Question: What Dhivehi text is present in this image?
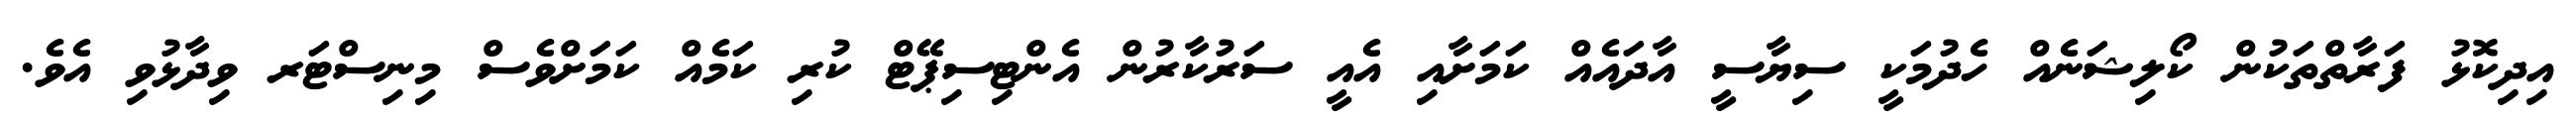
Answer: އިދިކޮޅު ފަރާތްތަކުން ކޯލިޝަނެއް ހެދުމަކީ ސިޔާސީ އާދައެއް ކަމަށާއި އެއީ ސަރުކާރުން އެންޓިސިޕޭޓް ކުރި ކަމެއް ކަމަށްވެސް މިނިސްޓަރ ވިދާޅުވި އެވެ.